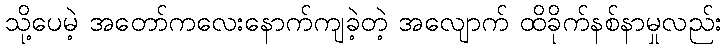
သို့ပေမဲ့ အတော်ကလေးနောက်ကျခဲ့တဲ့ အလျောက် ထိခိုက်နစ်နာမှုလည်း